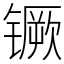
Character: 镢